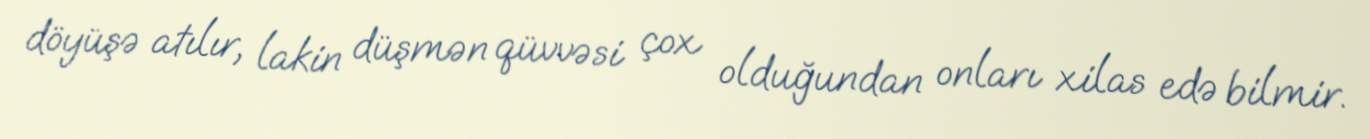
döyüşə atılır, lakin düşmən qüvvəsi çox olduğundan onları xilas edə bilmir.